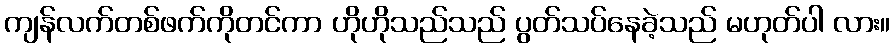
ကျန်လက်တစ်ဖက်ကိုတင်ကာ ဟိုဟိုသည်သည် ပွတ်သပ်နေခဲ့သည် မဟုတ်ပါ လား။